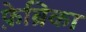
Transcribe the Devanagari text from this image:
फ़ेब्रिका